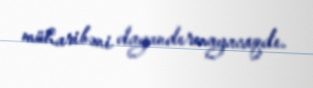
müharibəni dayandırmayacaqdı.